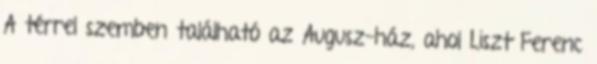
A térrel szemben található az Augusz-ház, ahol Liszt Ferenc